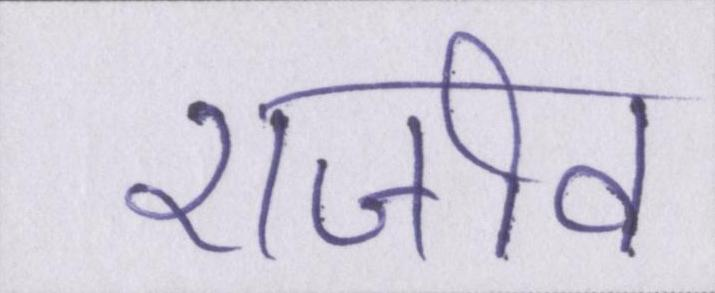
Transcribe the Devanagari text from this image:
राजीव